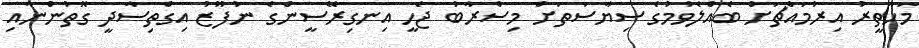
މަހާތީރު އިރުމައްޗަށް ބެއްލެވުމުގެ ސިޔާސަތަށް މިސްރާބު ޖެހީ އިނގިރޭސީންގެ ނުފޫޒު އިގްތިސާދީ ގޮތުންނާއި